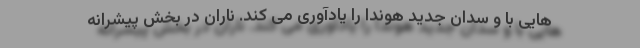
هایی با و سدان جدید هوندا را یادآوری می کند. ناران در بخش پیشرانه